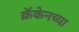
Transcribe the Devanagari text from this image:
क्रॅकेनच्या